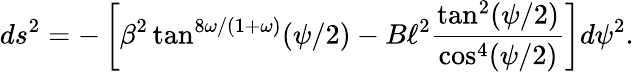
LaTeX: ds^{2}=-\left[\beta^{2}\tan^{8\omega/(1+\omega)}(\psi/2)-B\ell^{2}\frac{\tan^{2}(\psi/2)}{\cos^{4}(\psi/2)}\right]d\psi^{2}.